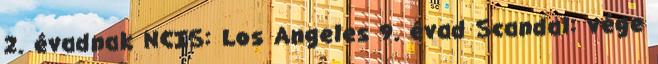
2. évadnak NCIS: Los Angeles 9. évad Scandal: vége